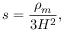
s = \frac { \rho _ { m } } { 3 H ^ { 2 } } ,